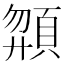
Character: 𩒶